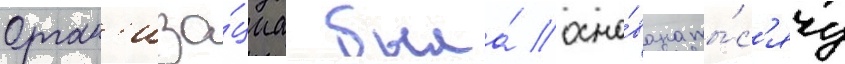
Орган'иза́циа была́ осно́вана ты́с'ячу